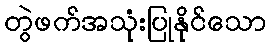
တွဲဖက်အသုံးပြုနိုင်သော